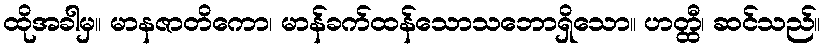
ထိုအခါမှ။ မာနဇာတိကော၊ မာန်ခက်ထန်သောသဘောရှိသော။ ဟတ္ထီ၊ ဆင်သည်။